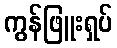
ကွန်ဖြူးရှပ်